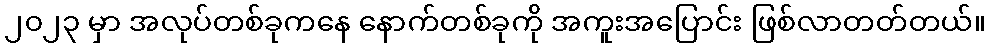
၂၀၂၃ မှာ အလုပ်တစ်ခုကနေ နောက်တစ်ခုကို အကူးအပြောင်း ဖြစ်လာတတ်တယ်။